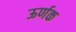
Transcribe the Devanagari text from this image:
ऊर्णक